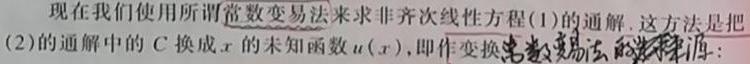
现在我们使用所谓常数变易法来求非齐次线性方程(1)的通解. 这方法是把(2)的通解中的$C$换成$x$的未知函数$u(x)$，即作变换